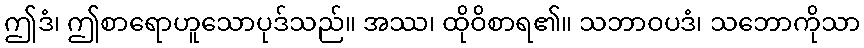
ဤဒံ၊ ဤစာရောဟူသောပုဒ်သည်။ အဿ၊ ထိုဝိစာရ၏။ သဘာဝပဒံ၊ သဘောကိုသာ